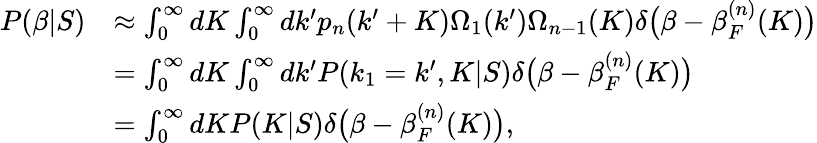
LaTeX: \begin{array}{rl}{P(\beta|S)}&{\approx\int_{0}^{\infty}dK\int_{0}^{\infty}dk^{\prime}p_{n}(k^{\prime}+K)\Omega_{1}(k^{\prime})\Omega_{n-1}(K)\delta\big(\beta-\beta_{F}^{(n)}(K)\big)}\\ &{=\int_{0}^{\infty}dK\int_{0}^{\infty}dk^{\prime}P(k_{1}=k^{\prime},K|S)\delta\big(\beta-\beta_{F}^{(n)}(K)\big)}\\ &{=\int_{0}^{\infty}dKP(K|S)\delta\big(\beta-\beta_{F}^{(n)}(K)\big),}\end{array}